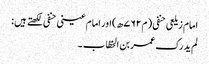
امام زیلعی حنفی ( م ۷۶۲ھ) اور امام عینی حنفی لکھتے ہیں :
لم ید رک عمر بن الخطّاب ۔